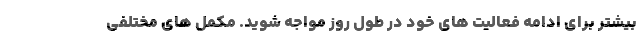
بیشتر برای ادامه فعالیت های خود در طول روز مواجه شوید. مکمل های مختلفی